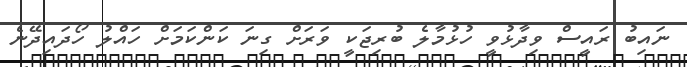
ނައިބު ރައީސް ވިދާޅުވީ ހުޅުމާލެ ބުރިޖަކީ ވަރަށް ގިނަ ކަންކަމަށް ހައްލު ހޯދައިދޭނެ